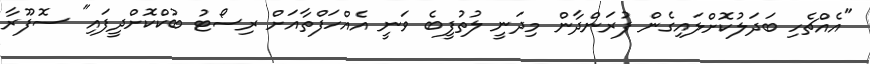
"އެއްޗެހި ބަދަލުކޮށްލައިގެން ފުރަންދާން މިދަނީ ލުތުފީބެ ވަނީ އެއްހަފްތާއަށް ރިސޯޓު ބުކްކޮށްދީފައި" ސޮފޫރާ